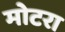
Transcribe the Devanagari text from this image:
मोटरा